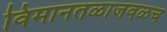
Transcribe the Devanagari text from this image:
विमानतळाजवळच